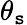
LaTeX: \theta_{\mathtt{s}}